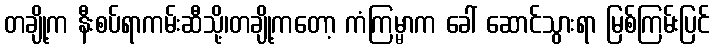
တချို့က နီးစပ်ရာကမ်းဆီသို့၊တချို့ကတော့ ကံကြမ္မာက ခေါ် ဆောင်သွားရာ မြစ်ကြမ်းပြင်